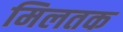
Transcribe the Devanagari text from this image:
मिलतक